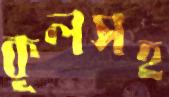
কূলসহ